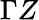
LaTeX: \Gamma Z